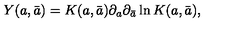
Y ( a , \bar { a } ) = K ( a , \bar { a } ) \partial _ { a } \partial _ { \bar { a } } \ln K ( a , \bar { a } ) ,